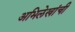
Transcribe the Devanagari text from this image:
अभिलेखांची